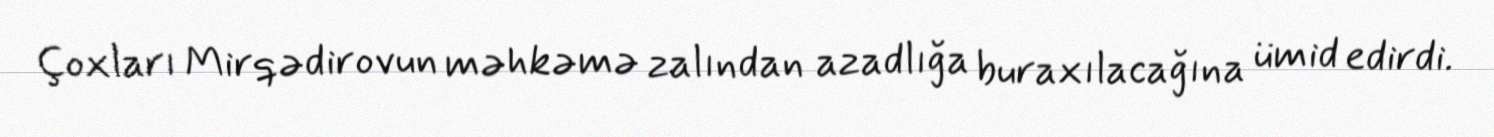
Çoxları Mirqədirovun məhkəmə zalından azadlığa buraxılacağına ümid edirdi.